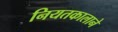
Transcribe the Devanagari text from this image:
नियतकालाने